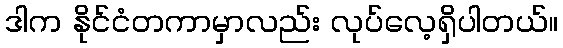
ဒါက နိုင်ငံတကာမှာလည်း လုပ်လေ့ရှိပါတယ်။